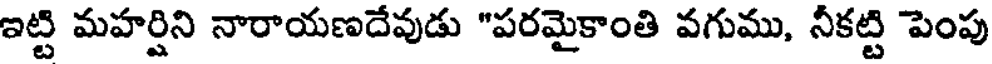
ఇట్టి మహర్షిని నారాయణదేవుడు "పరమైకాంతి వగుము, నీకట్టి పెంపు